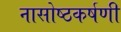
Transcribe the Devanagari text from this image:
नासोष्ठकर्षणी